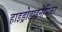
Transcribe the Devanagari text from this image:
हाइड्रोडाइनेमिका